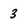
Character: 3